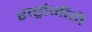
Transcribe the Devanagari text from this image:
राष्ट्रांनीही